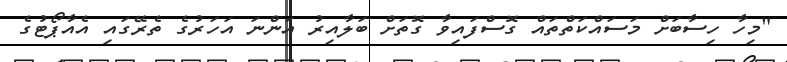
"މިހާ ހިސާބަށް މަސައްކަތްތައް ގޮސްފައިވާ ގޮތަށް ބަލާއިރު އަންނަ އަހަރުގެ ތެރޭގައި އެއާޕޯޓުގެ